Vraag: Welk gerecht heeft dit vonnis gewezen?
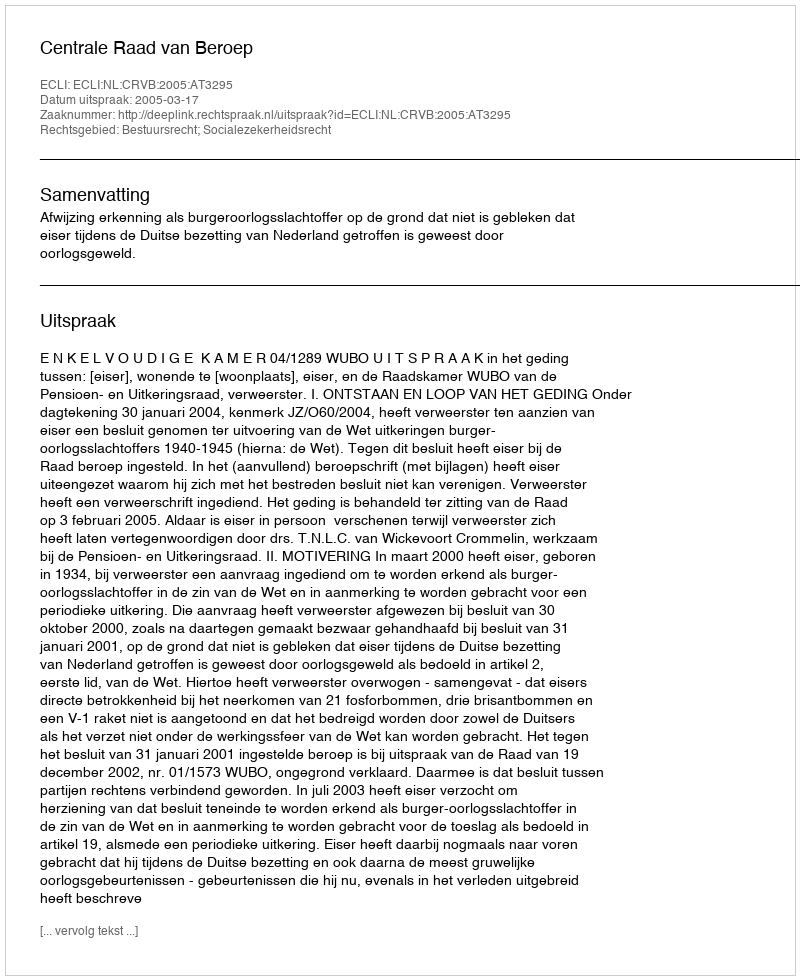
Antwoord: Centrale Raad van Beroep